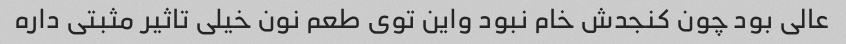
عالی بود چون کنجدش خام نبود واین توی طعم نون خیلی تاثیر مثبتی داره